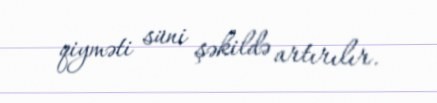
qiyməti süni şəkildə artırılır.